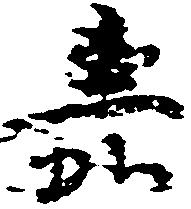
嘉